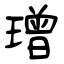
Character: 璔